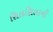
સિલસિલાની